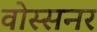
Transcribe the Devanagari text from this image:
वोस्सनर